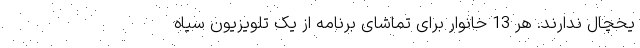
یخچال ندارند. هر 13 خانوار برای تماشای برنامه از یک تلویزیون سیاه